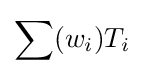
\sum (w_{i})T_{i}